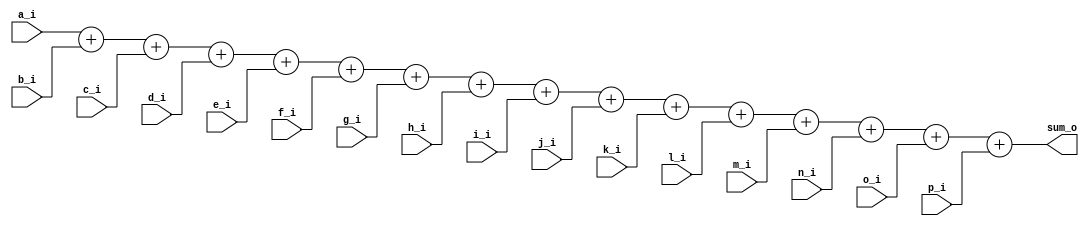
`timescale 1ns / 1ps
//////////////////////////////////////////////////////////////////////////////////
// Company: 
// Engineer: 
// 
// Design Name: 
// Module Name: adder
// Project Name: 
// Target Devices: 
// Tool Versions: 
// Description: 
// 
// Dependencies: 
// 
// Revision:
// Revision 0.01 - File Created
// Additional Comments:
// 
//////////////////////////////////////////////////////////////////////////////////


module adder(
input[3:0]a_i,
input[3:0]b_i,
input[3:0]c_i,
input[3:0]d_i,
input[3:0]e_i,
input[3:0]f_i,
input[3:0]g_i,
input[3:0]h_i,
input[3:0]i_i,
input[3:0]j_i,
input[3:0]k_i,
input[3:0]l_i,
input[3:0]m_i,
input[3:0]n_i,
input[3:0]o_i,
input[3:0]p_i,
output[7:0]sum_o
);
    assign sum_o=a_i+b_i+c_i+d_i+e_i+f_i+g_i+h_i+i_i+j_i+k_i+l_i+m_i+n_i+o_i+p_i;
endmodule